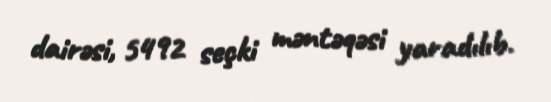
dairəsi, 5492 seçki məntəqəsi yaradılıb.